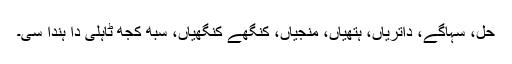
حل، سُہاگے، داتریاں، ہتھیاں، منجیاں، کنگھے کنگھیاں، سبھ کُجھ ٹاہلی دا ہُندا سی۔